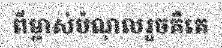
ពីម្ចាស់បំណុលរួចគឺគេ